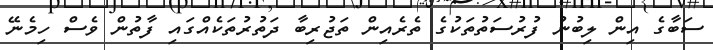
ސަބާގެ އިން ލިބުނު ފުރުސަތުތަކުގެ ތެެެރެއިން ތަޖުރިބާ ދަތުރުތަކެއްގައި ފާތުން ވެސް ހިމެނޭ